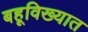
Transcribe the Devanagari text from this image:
बहूविख्यात